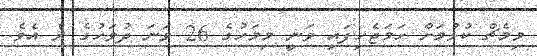
މިމެޗް ކުޅުމަށް ހަމަޖެހިފައި ވަނީ މިމަހުގެ 26 ވަނަ ދުވަހުގެ ރެ އެވެ.